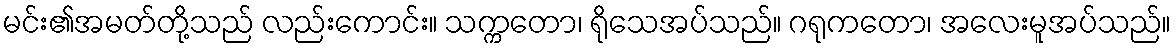
မင်း၏အမတ်တို့သည် လည်းကောင်း။ သက္ကတော၊ ရိုသေအပ်သည်။ ဂရုကတော၊ အလေးမူအပ်သည်။